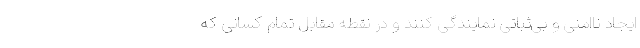
ایجاد ناامنی و بی‌ثباتی نمایندگی کنند و در نقطه مقابل تمام کسانی که